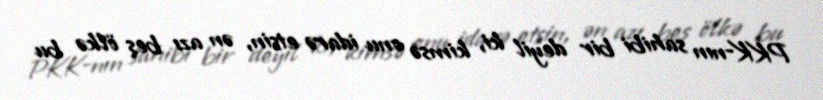
PKK-nın sahibi bir deyil ki, kimsə onu idarə etsin, ən azı beş ölkə bu